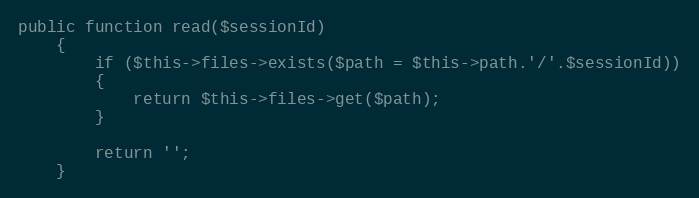
Language: PHP
public function read($sessionId)
	{
		if ($this->files->exists($path = $this->path.'/'.$sessionId))
		{
			return $this->files->get($path);
		}

		return '';
	}